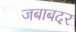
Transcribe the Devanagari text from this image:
जबाबदर